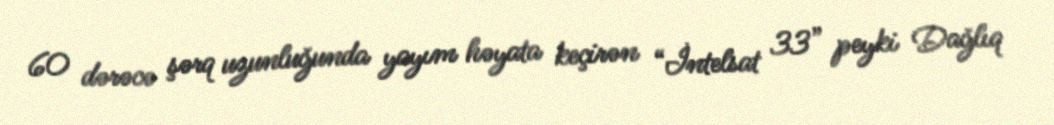
60 dərəcə şərq uzunluğunda yayım həyata keçirən “İntelsat 33” peyki Dağlıq